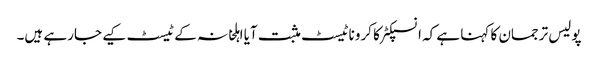
پولیس ترجمان کا کہنا ہے کہ انسپکٹر کا کروناٹیسٹ مثبت آیا اہلخانہ کے ٹیسٹ کیے جارہے ہیں۔